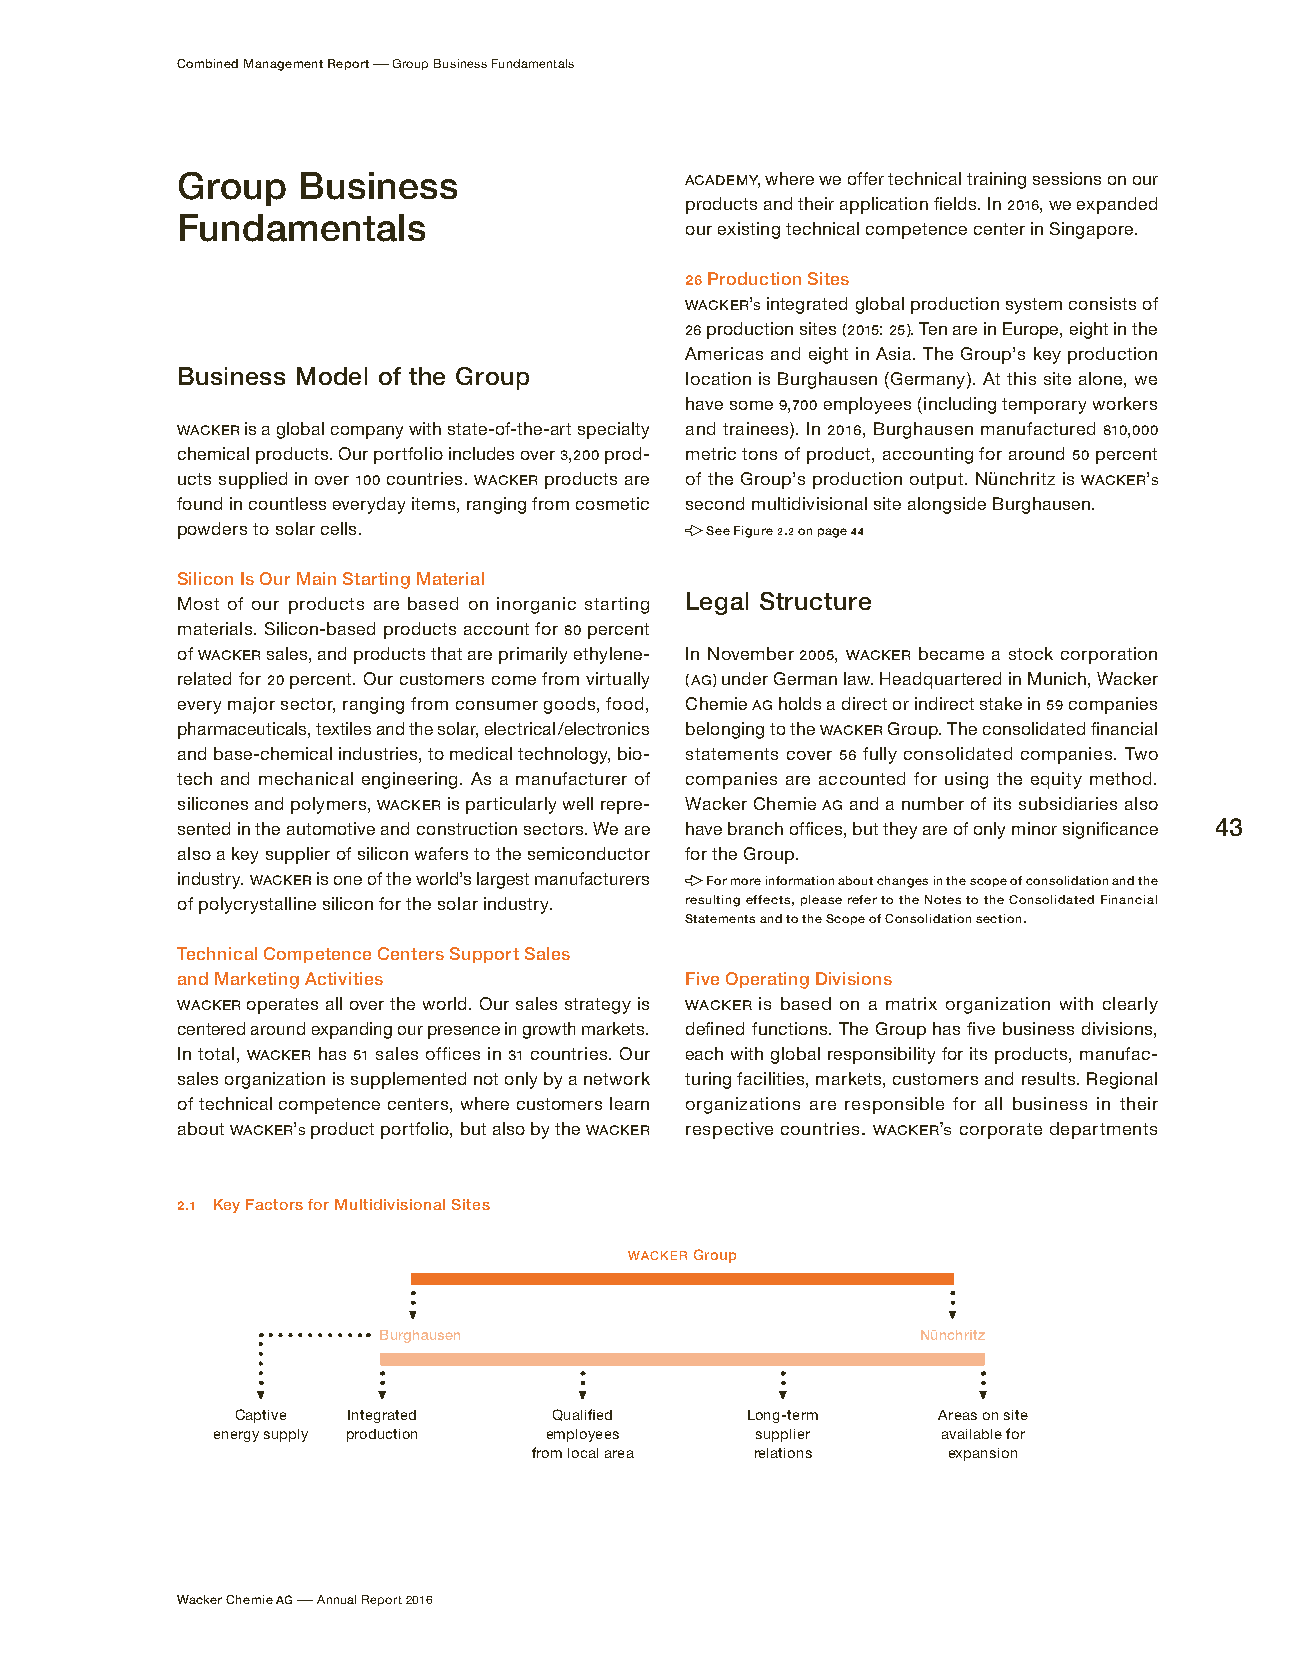
Combined Management Report – Group Business Fundamentals
 Group   Business                 ACADEMY, where we offer technical training sessions on our
 products and their application fields. In 2016, we expanded
 Fundamentals
 our existing technical competence center in Singapore.
 26 Production Sites
 WACKER’s integrated global production system consists of
 26 production sites (2015: 25). Ten are in Europe, eight in the
 Americas and eight in Asia. The Group’s key production
 Business Model of the Group      location is Burghausen (Germany). At this site alone, we
 have some 9,700 employees (including temporary workers
 WACKER is a global company with state-of-the-art specialty and trainees). In 2016, Burghausen manufactured 810,000
 chemical products. Our portfolio includes over 3,200 prod- metric tons of product, accounting for around 50 percent
 ucts supplied in over 100 countries. WACKER products are of the Group’s production output. Nünchritz is WACKER’s
 found in countless everyday items, ranging from cosmetic second multidivisional site alongside Burghausen.
 powders to solar cells.            See Figure 2.2 on page 44
 Silicon Is Our Main Starting Material
 Most of our products are based on inorganic starting Legal Structure
 materials. Silicon-based products account for 80 percent
 of WACKER sales, and products that are primarily ethylene- In November 2005, WACKER became a stock corporation
 related for 20 percent. Our customers come from virtually (AG) under German law. Headquartered in Munich, Wacker
 every major sector, ranging from consumer goods, food, Chemie AG holds a direct or indirect stake in 59 companies
 pharmaceuticals, textiles and the solar, electrical / electronics belonging to the WACKER Group. The consolidated financial
 and base-chemical industries, to medical technology, bio- statements cover 56 fully consolidated companies. Two
 tech and mechanical engineering. As a manufacturer of companies are accounted for using the equity method.
 silicones and polymers, WACKER is particularly well repre- Wacker Chemie AG and a number of its subsidiaries also
 sented in the automotive and construction sectors. We are have branch offices, but they are of only minor significance 43
 also a key supplier of silicon wafers to the semiconductor for the Group.
 industry. WACKER is one of the world’s largest manufacturers For more information about changes in the scope of consolidation and the
 of polycrystalline silicon for the solar industry. resulting effects, please refer to the Notes to the Consolidated Financial
 Statements and to the Scope of Consolidation section.
 Technical Competence Centers Support Sales
 and Marketing Activities         Five Operating Divisions
 WACKER operates all over the world. Our sales strategy is WACKER is based on a matrix organization with clearly
 centered around expanding our presence in growth markets. d efined functions. The Group has five business divisions,
 In total, WACKER has 51 sales offices in 31 countries. Our each with global responsibility for its products, manufac-
 sales organization is supplemented not only by a network turing facilities, markets, customers and results. Regional
 of technical competence centers, where customers learn organizations are responsible for all business in their
 about WACKER’s product portfolio, but also by the WACKER r espective countries. WACKER’s corporate departments
 2.1 Key Factors for Multidivisional Sites
 WACKER Group
 Burghausen                          Nünchritz
 Captive Integrated   Qualified   Long-term    Areas on site
 energy supply production employees  supplier    available for
 from local area relations   expansion
 Wacker Chemie AG – Annual Report 2016